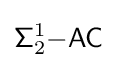
{\mathsf {\Sigma }}_{2}^{1}{\mathsf {-AC}}